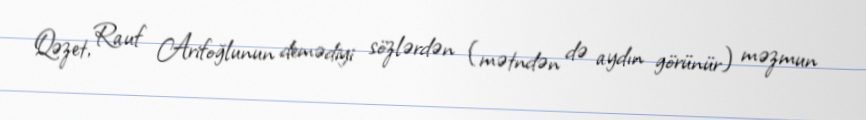
Qəzet, Rauf Arifoğlunun demədiyi sözlərdən (mətndən də aydın görünür) məzmun